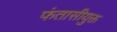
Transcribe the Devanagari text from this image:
फंतासीयुक्त